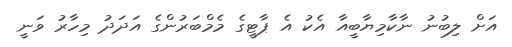
އަށް ލިބުނު ނާކާމިޔާބީއާ އެކު އެ ޕާޓީގެ މެމްބަރުންގެ އަދަދު މިހާރު ވަނީ